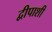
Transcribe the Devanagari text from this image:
द्वीपाशी